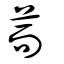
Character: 荋